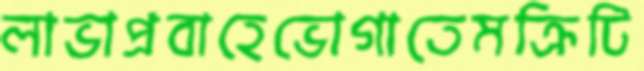
লাভাপ্রবাহেভোগাতেমক্রিটি